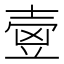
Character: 㚃